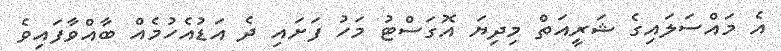
އެ މައްސަލައިގެ ޝަރީއަތް މިދިޔަ އޮގަސްޓު މަހު ފަށައި ދެ އަަޑުއެހުމެއް ބާއްވާފައިވެ